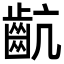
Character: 𪗜